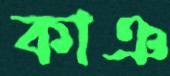
কাঞ